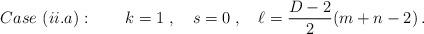
LaTeX: \begin{align*}Case\ (ii.a):\qquad k=1\;, \quad s=0\;, \quad \ell = \frac{D-2}{2}(m+n-2)\,.\end{align*}